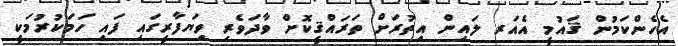
އެހެންކަމުން ޤައުމީ އެއަރ ލައިން އިތުރަށް ތަރައްޤީކޮށް ވާދަވެރި ވިޔަފާރީގައި ފައި ހަމަކުރުމަކީ